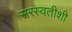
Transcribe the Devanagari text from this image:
सरस्वतीशी